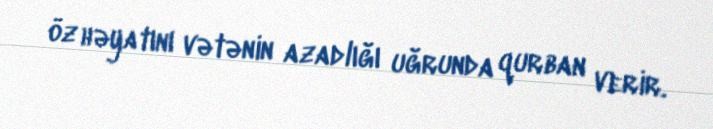
öz həyatını vətənin azadlığı uğrunda qurban verir.